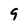
Character: 9